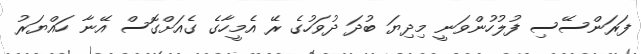
ފަރަންސޭސި ފުލުހުންވަނީ މިދިޔަ ބުދަ ދުވަހުގެ ރޭ އެމީހާގެ ގެއަށްގޮސް އޭނާ ހައްޔަރު